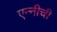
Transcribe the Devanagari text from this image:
एन्नीची